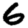
Digit: 6